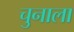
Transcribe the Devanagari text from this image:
चुनाला